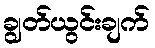
ချွတ်ယွင်းချက်